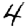
Digit: 4